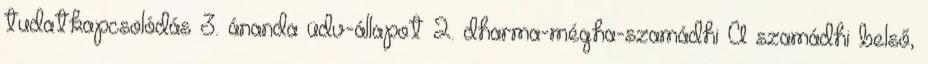
tudatkapcsolódás 3. ánanda üdv-állapot 2. dharma-mégha-szamádhi A szamádhi belső,